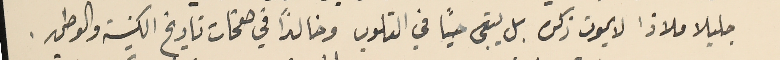
جليلا ملاذا لا يموت ذكره بل يبقى حيًا في القلوب وخالداً في صفحات تاريخ الكنيسَة والوطن.